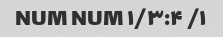
۱/ NUM NUM ۱/۳:۴